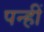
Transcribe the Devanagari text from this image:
पन्हीं